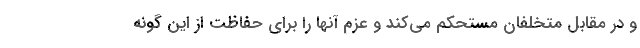
و در مقابل متخلفان مستحکم می‌کند و عزم آنها را برای حفاظت از این گونه